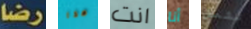
رضا هذا انت أنا تثمل